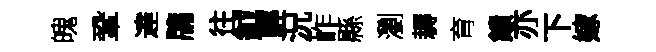
魄鞏達牗往鉞輕況岞縣瀏耨育饋亦下嫁